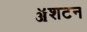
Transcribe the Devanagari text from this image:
ॲशटन